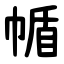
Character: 㡒